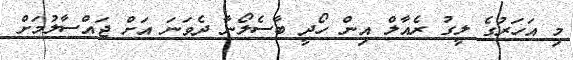
މި އަހަރުގެ ލީގު ރެއާލް އިން ހޯދީ ބާސެލޯނާ ދެވަނަ އަށް ޖައްސާލުމަށް